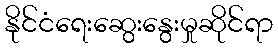
နိုင်ငံရေးဆွေးနွေးမှုဆိုင်ရာ